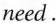
need.